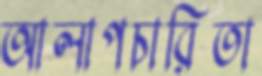
আলাপচারিতা